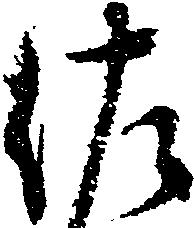
佐